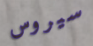
سيروس